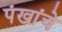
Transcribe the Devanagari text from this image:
पंखांचे